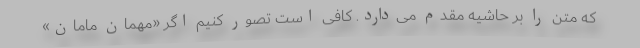
که متن را بر حاشیه مقدم می‌دارد. کافی است تصور کنیم اگر «مهمان مامان»